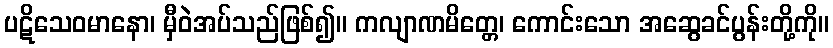
ပဋိသေဝမာနော၊ မှီဝဲအပ်သည်ဖြစ်၍။ ကလျာဏမိတ္တေ၊ ကောင်းသော အဆွေခင်ပွန်းတို့ကို။